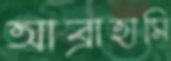
আব্রাহামি